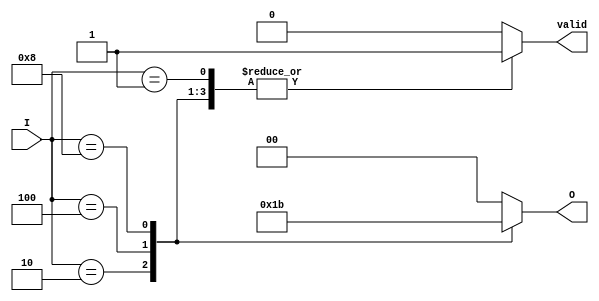
module binary_encoder (
    input wire [3:0] I,    // 4 input lines
    output reg [1:0] O,    // 2 output lines
    output reg valid        // Valid signal to indicate valid encoding
);

// Always block triggered by changes in inputs
always @(*) begin
    // Default outputs
    O = 2'b00;
    valid = 1'b0;

    // Check the inputs for encoding
    case (I)
        4'b0001: begin
            O = 2'b00;  // I0 is active
            valid = 1'b1;
        end
        4'b0010: begin
            O = 2'b01;  // I1 is active
            valid = 1'b1;
        end
        4'b0100: begin
            O = 2'b10;  // I2 is active
            valid = 1'b1;
        end
        4'b1000: begin
            O = 2'b11;  // I3 is active
            valid = 1'b1;
        end
        default: begin
            // Handle invalid states (multiple inputs active)
            O = 2'b00;  // Default output, can be set to some value indicating invalid state
            valid = 1'b0; // No valid output if more than one input is active
        end
    endcase
end

endmodule